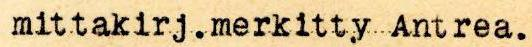
mittakirj.merkitty Antrea.